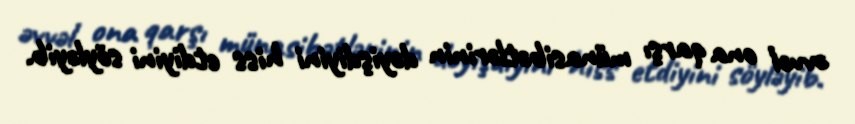
əvvəl ona qarşı münasibətlərinin dəyişdiyini hiss etdiyini söyləyib.